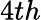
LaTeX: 4th